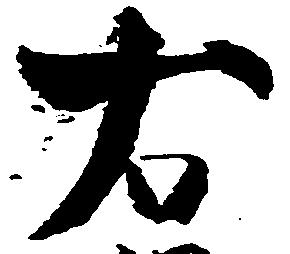
右